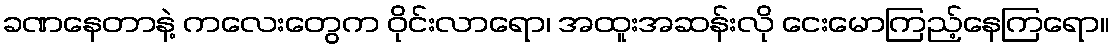
ခဏနေတာနဲ့ ကလေးတွေက ဝိုင်းလာရော၊ အထူးအဆန်းလို ငေးမောကြည့်နေကြရော။